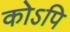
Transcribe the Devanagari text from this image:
कोऽपि